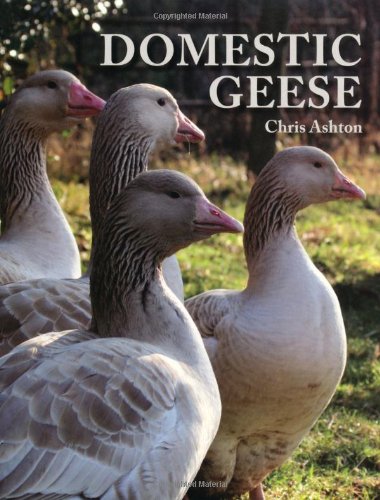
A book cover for Domestic Geese; Chris Ashton; Crafts, Hobbies & Home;